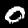
Digit: 0